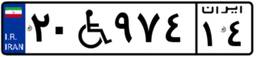
۲۰W۹۷۴۱۴